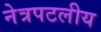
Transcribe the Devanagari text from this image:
नेत्रपटलीय